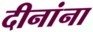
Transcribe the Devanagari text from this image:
दीनांना